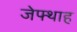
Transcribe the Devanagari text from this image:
जेफ्थाह